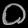
Digit: ၀